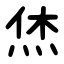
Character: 烋